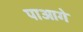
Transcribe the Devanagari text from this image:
पाआगे